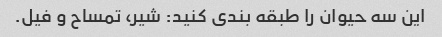
این سه حیوان را طبقه بندی کنید: شیر، تمساح و فیل.